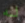
له